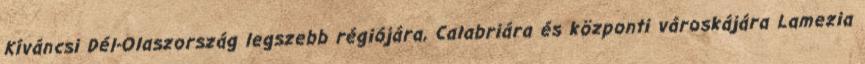
Kíváncsi Dél-Olaszország legszebb régiójára, Calabriára és központi városkájára Lamezia